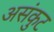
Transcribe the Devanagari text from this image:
असंकुट